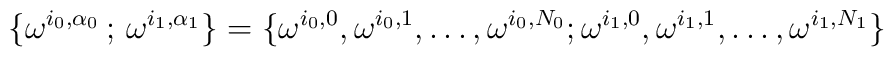
\{\omega^{i_0,\alpha_0}\,;\,\omega^{i_1,\alpha_1}\}= \{\omega^{i_{ 0}, 0}, \omega^{i_{ 0}, 1}, \ldots, \omega^{i_{ 0},N_{ 0}}; \omega^{i_{ 1}, 0}, \omega^{i_{ 1}, 1}, \ldots,\omega^{i_{ 1}, N_{ 1}} \}